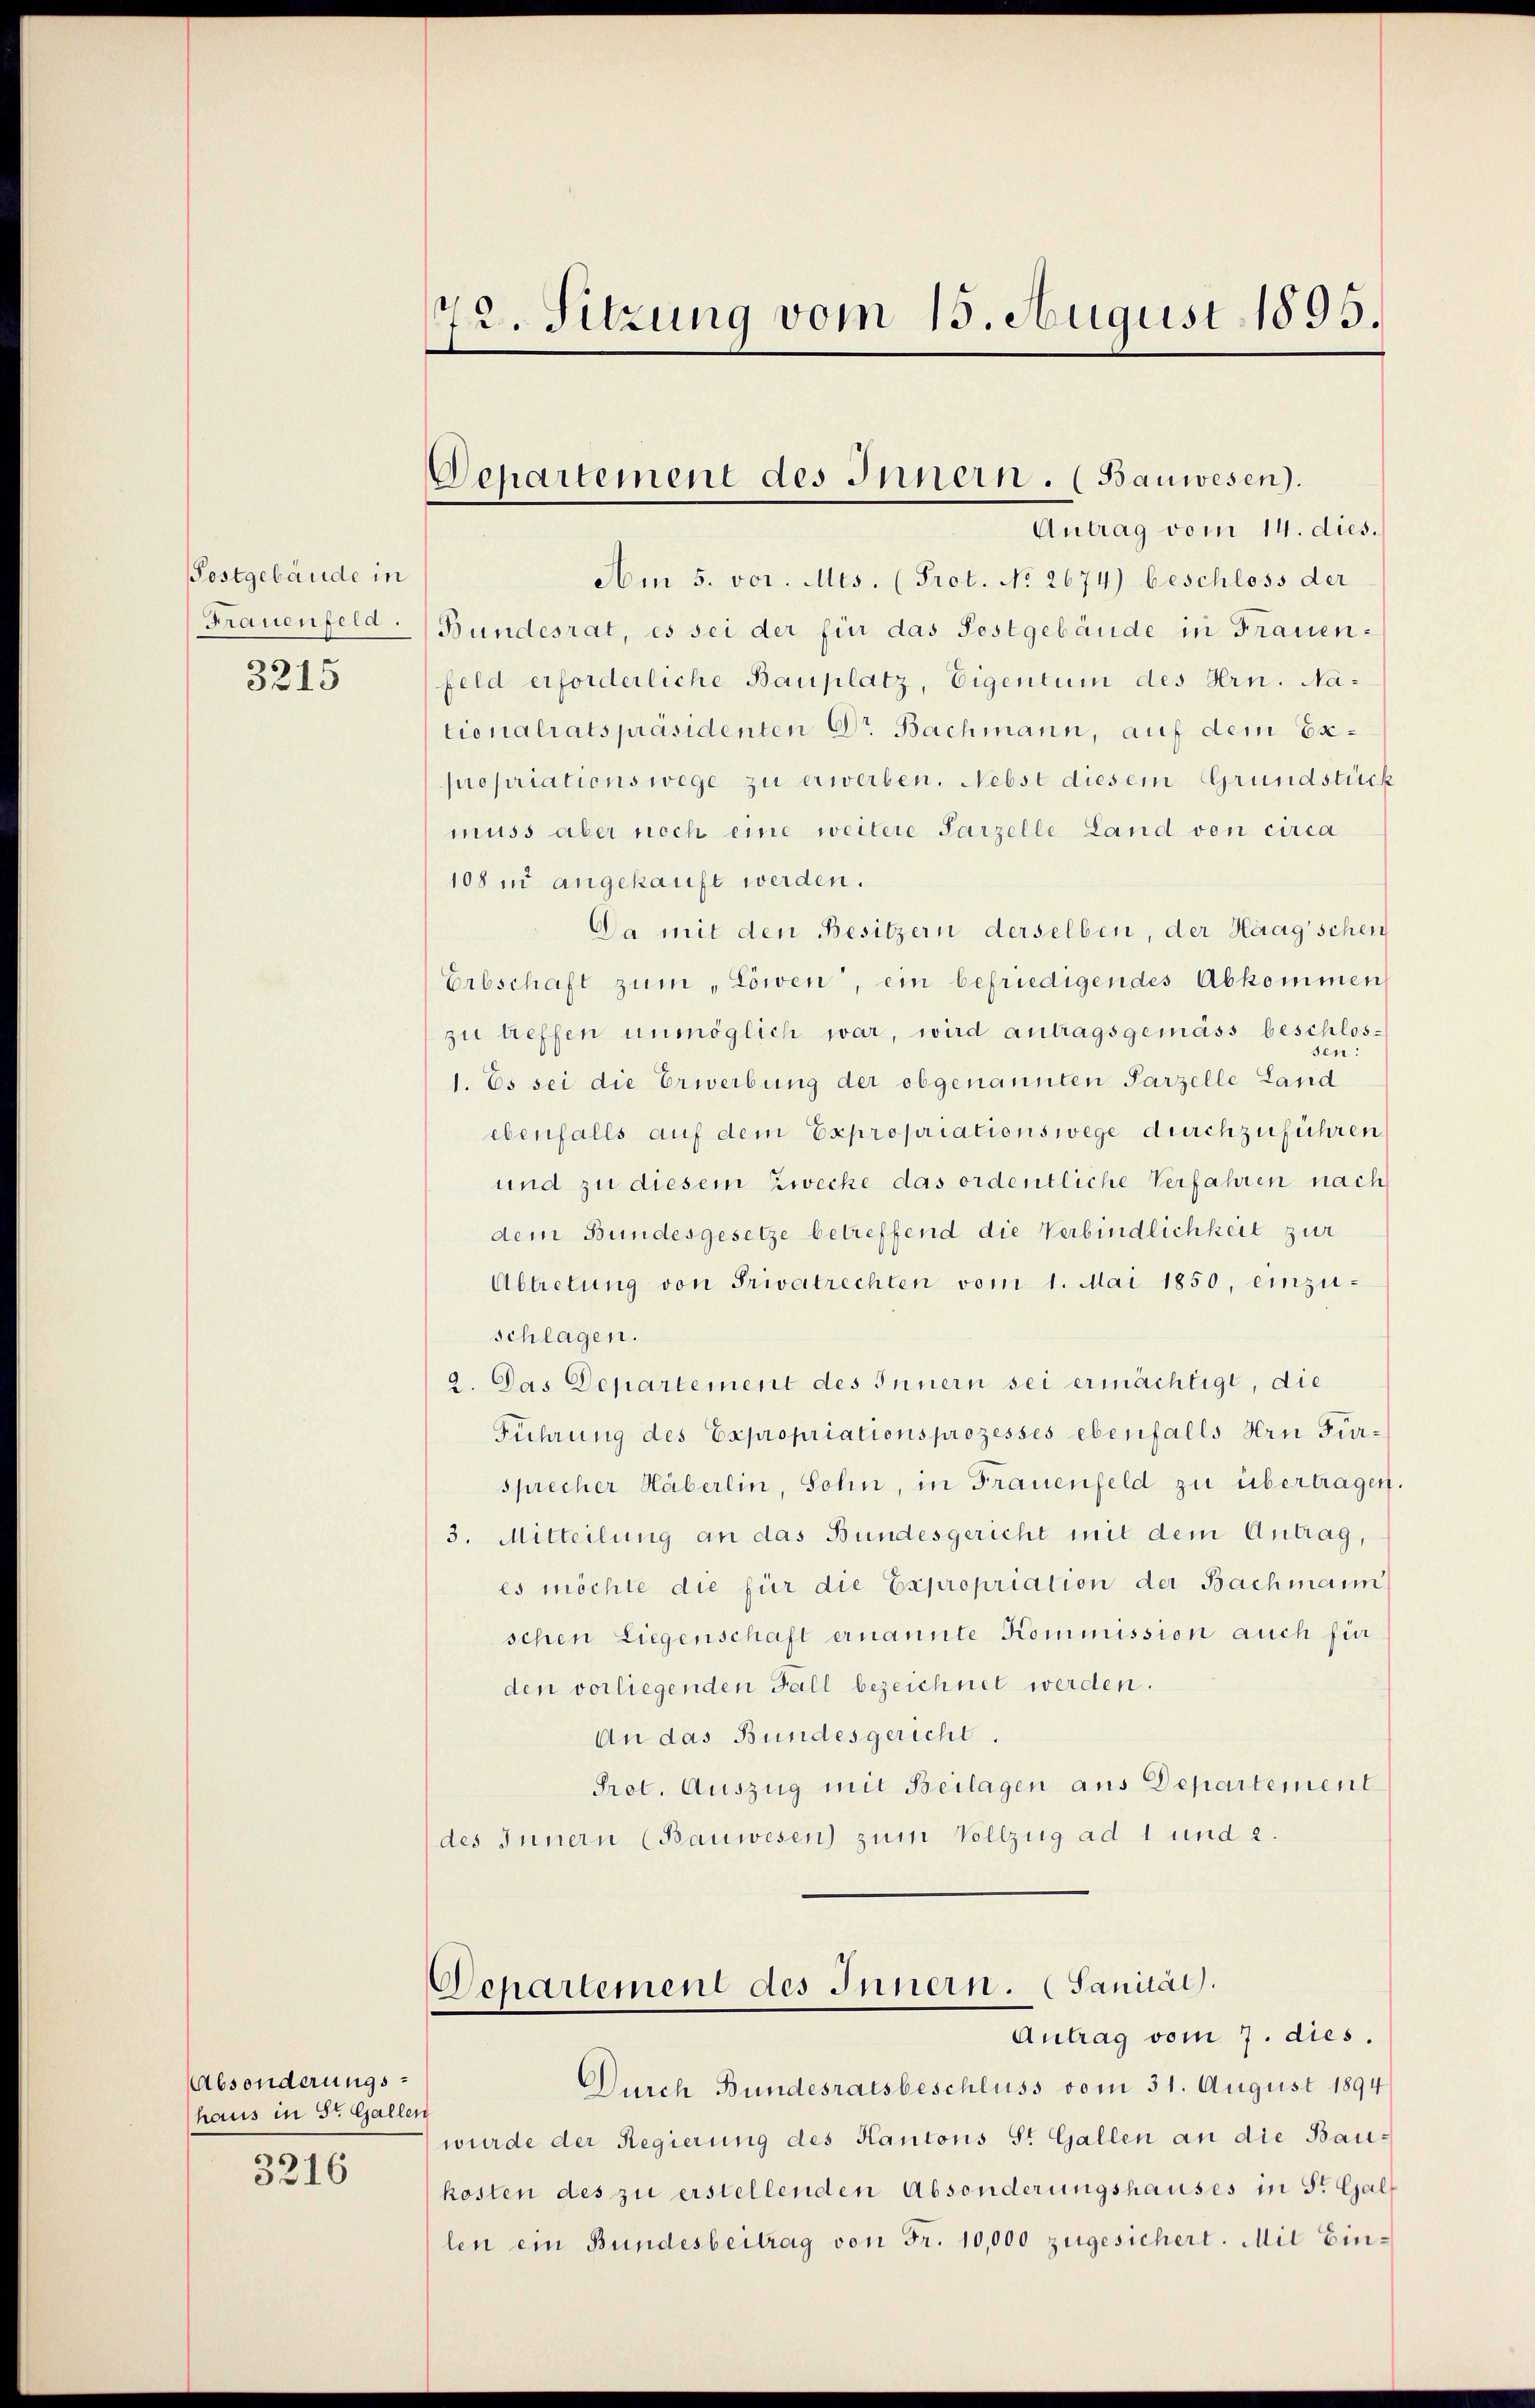
Postgebäude in
3215

Absonderungshaus in St. Gallen
3216

t
72. Sitzung vom 15. August 1895.

Am 5. vor. Mts. (Prot. No 2674) beschloss der
Frauenfeld. Bundesrat, es sei der für das Postgebäude in Frauenfeld erforderliche Bauplatz, Eigentum des Hrn. Nationalratspräsidenten Dr. Bachmann, auf dem Expropriationswege zu erwerben. Nebst diesem Grundstück
muss aber noch eine weitere Parzelle Land von circa
108 in angekauft werden.
Da mit den Besitzern derselben, der Haagschen
Erbschaft zum „Löwen, ein befriedigendes Abkommen
zu treffen unmöglich war, wird antragsgemäss beschlossen
1. Es sei die Erwerbung der obgenannten Parzelle Land
ebenfalls auf dem Expropriationswege durchzuführen
und zu diesem Zwecke das ordentliche Verfahren nach
dem Bundesgesetze betreffend die Verbindlichkeit zur
Abtretung von Privatrechten vom 1. Mai 1850, einzuschlagen.
2. Das Departement des Innern sei ermächtigt, die
Führung des Expropriationsprozesses ebenfalls Hrn Fürsprecher Häberlin, Sohn, in Frauenfeld zu übertragen.
3. Mitteilung an das Bundesgericht mit dem Antrag,
es möchte die für die Expropriation der Bachmann
schen Liegenschaft ernannte Kommission auch für
den vorliegenden Fall bezeichnet werden.
An das Bundesgericht.
Prot. Auszug mit Beilagen aus Departement
(des Innern (Bauwesen) zum Vollzug ad 1 und 2.

Departement des Innern. (Bauwesen).
Antrag vom 14. dies.

Departement des Innern. (Sanität.
Antrag vom 7. dies.

Durch Bundesratsbeschluss vom 31. August 1894
wurde der Regierung des Kantons St. Gallen an die Baukosten des zu erstellenden Absonderungshauses in St. Gallen ein Bundesbeitrag von Fr. 10,000 zugesichert. Mit Ein¬